Annual administration and progress report of the Indian Medical Department, Bombay
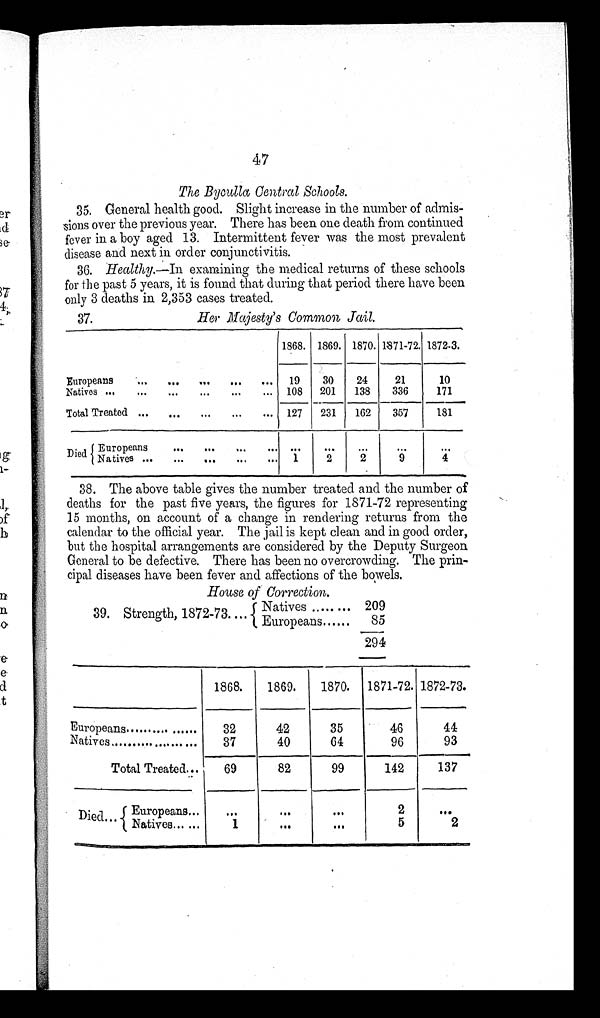
47
The Byculla Central Schools.
35. General health good. Slight increase in the number of admis-
sions over the previous year. There has been one death from continued
fever in a boy aged 13. Intermittent fever was the most prevalent
disease and next in order conjunctivitis.
36. Healthy.—In examining the medical returns of these schools
for the past 5 years, it is found that during that period there have been
only 3 deaths in 2,353 cases treated.
37.
Her Majesty's Common, Jail.
1868. 1869. 1870. 1871-72. 1872-3.
Europeans . . . 19
30
24
21
10
Natives . . . 108
201
138
336
171
Total Treated . . . 127
231
162
357
181
Di ed
Europeans . . .
. . .
. . .
. . .
. . .
. . .
Natives . . . 1
2
2
9
4
38. The above table gives the number treated and the number of
deaths for the past five years, the figures for 1871-72 representing
15 months, on account of a change in rendering returns from the
calendar to the official year. The jail is kept clean and in good order,
but the hospital arrangements are considered by the Deputy Surgeon
General to be defective. There has been no overcrowding. The prin--
cipal diseases have been fever and affections of the bowels.
House of Correction.
39. Strength, 1872-73 . . .
Natives . . .
209
Europeans . . .
85
294
1868.
1869.
1870. 1871-72. 1872-73.
Europeans . . .
32
42
35
46
44
Natives . . .
37
40
64
96
93
Total Treated . . .
69
82
99
142
137
Di ed.
Europeans . . .
. . .
. . .
. . .
2
. . .
Natives. . . .
1
. . .
. . .
5
2